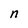
Character: n